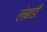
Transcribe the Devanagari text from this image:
लंबाडी